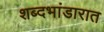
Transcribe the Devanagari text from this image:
शब्दभांडारात